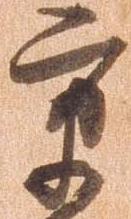
京